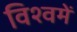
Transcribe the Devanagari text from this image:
विश्वमें